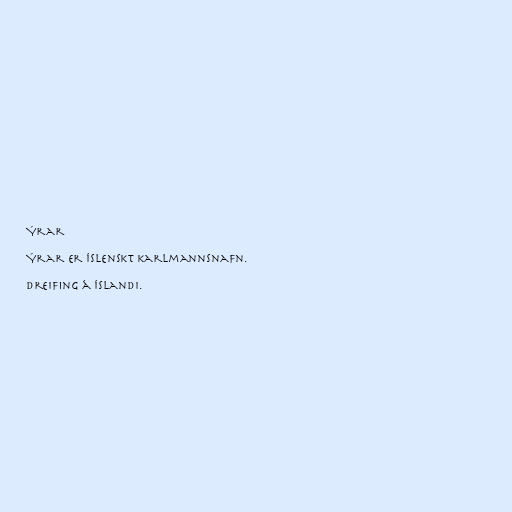
Ýrar

Ýrar er íslenskt karlmannsnafn.

Dreifing á Íslandi.